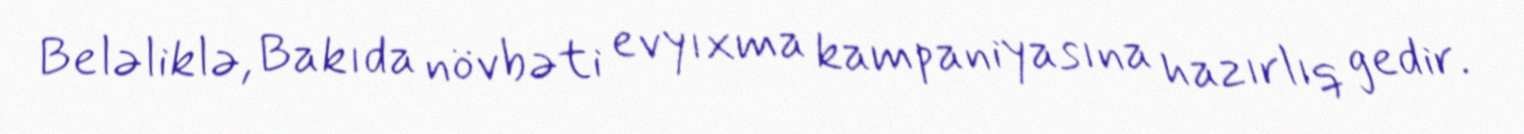
Beləliklə, Bakıda növbəti evyıxma kampaniyasına hazırlıq gedir.